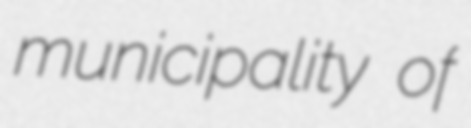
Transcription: municipality of